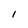
Character: I